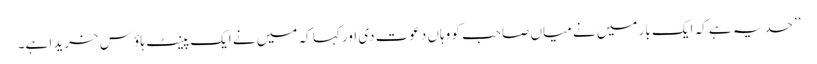
’’حد یہ ہے کہ ایک بار میں نے میاں صاحب کو وہاں دعوت دی اور کہا کہ میں نے ایک پینٹ ہاؤ س خریدا ہے۔